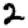
Digit: 2